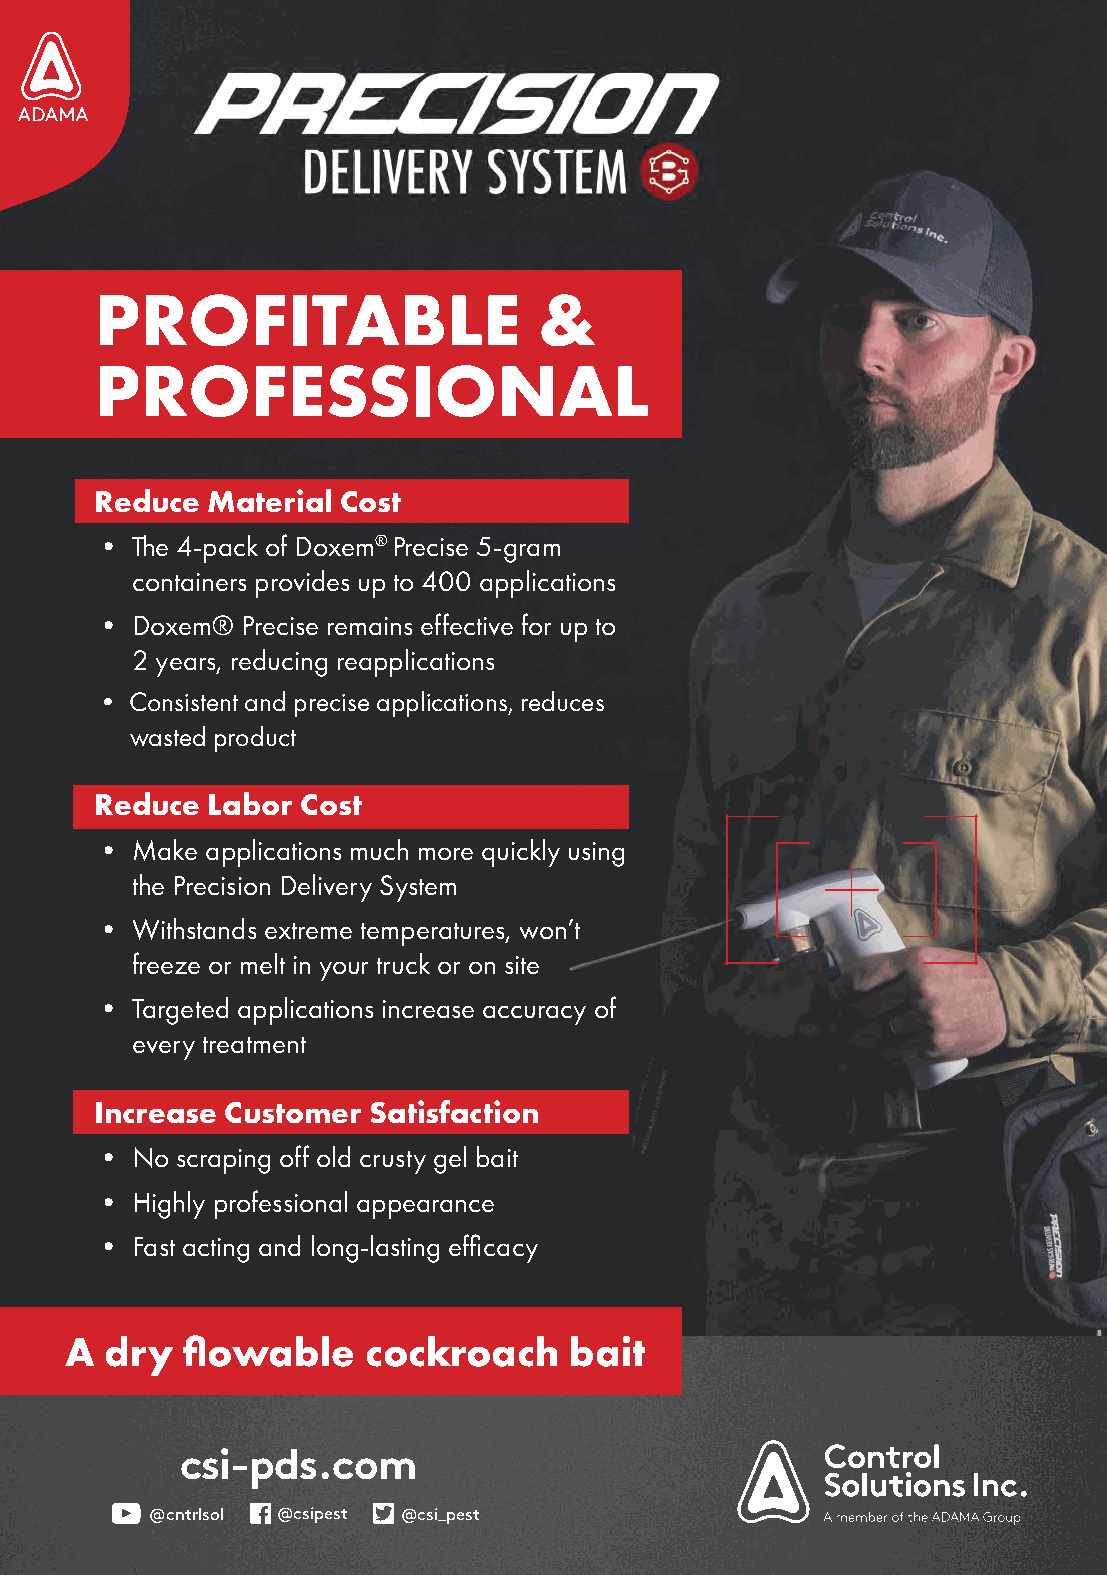
PROFITABLE                   &
 PROFESSIONAL
 Reduce  Material Cost
 • The 4-pack of Doxem® Precise 5-gram
 containers provides up to 400 applications
 • Doxem®  Precise remains effective for up to
 2 years, reducing reapplications
 • Consistent and precise applications, reduces
 wasted product
 Reduce  Labor Cost
 • Make applications much more quickly using
 the Precision Delivery System
 • Withstands extreme temperatures, won’t
 freeze or melt in your truck or on site
 • Targeted applications increase accuracy of
 every treatment
 Increase Customer Satisfaction
 • No scraping off old crusty gel bait
 • Highly professional appearance
 • Fast acting and long-lasting effi cacy
 A  dry  fl owable   cockroach    bait
 csi-pds.com
 @cntrlsol @csipest @csi_pest